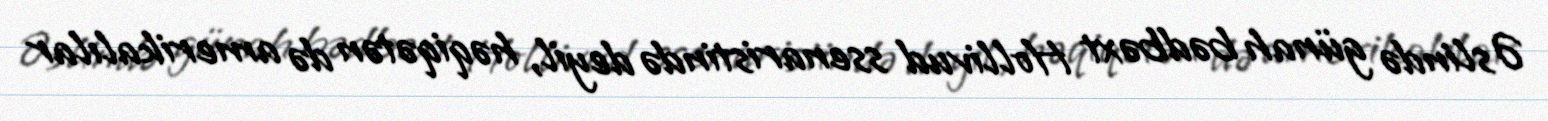
Əslində günah bədbəxt Hollivud ssenaristində deyil, həqiqətən də amerikalılar